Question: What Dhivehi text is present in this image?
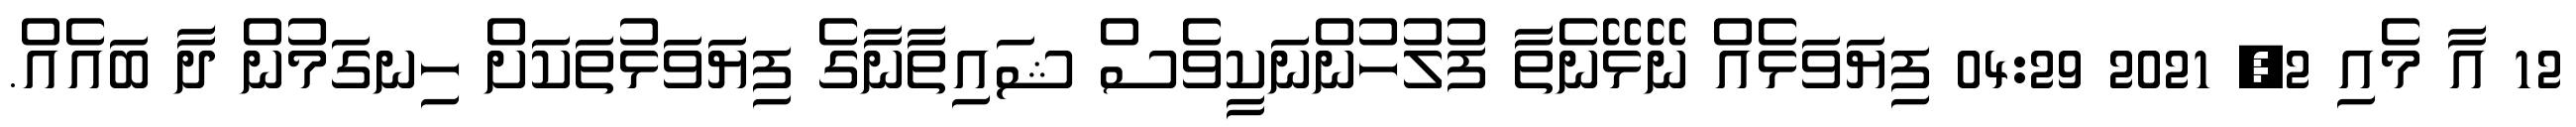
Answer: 12 އާ މެއި 2, 2021 04:29 ފިޔަވަޅެއް ނޭޅޭނެތާ ފުލުހުންނަކީވެސް ޝައިތާނާގެ ފިޔަވަޅުތަކަށް ހިނގަމުން ދާ ބައެއް.